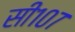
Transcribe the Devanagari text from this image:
सी१०७